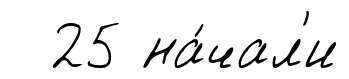
25 на́чал'и